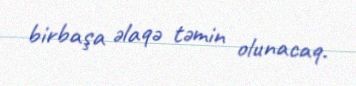
birbaşa əlaqə təmin olunacaq.